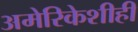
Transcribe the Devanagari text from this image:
अमेरिकेशीही